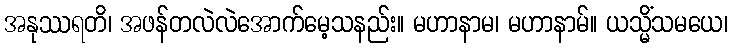
အနုဿရတိ၊ အဖန်တလဲလဲအောက်မေ့သနည်း။ မဟာနာမ၊ မဟာနာမ်။ ယသ္မိံသမယေ၊